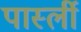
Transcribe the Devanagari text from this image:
पार्स्ली